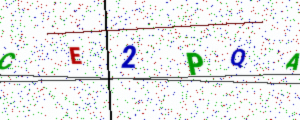
Text: CE2PQA